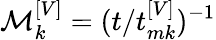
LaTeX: \mathcal{M}_{k}^{\left[V\right]}=(t/t_{mk}^{\left[V\right]})^{-1}